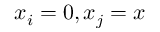
x _ { i } = 0 , x _ { j } = x